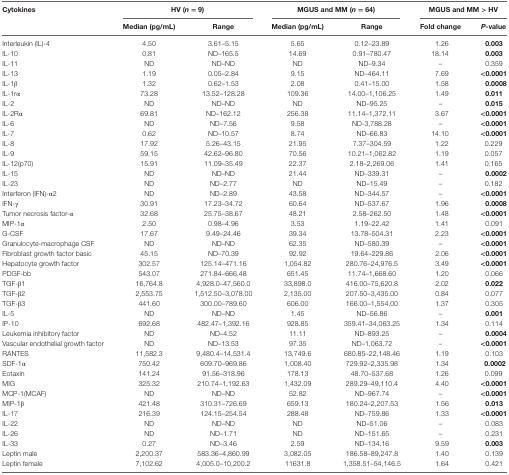
<table><thead><tr><td rowspan="2"><b>Cytokines</b></td><td colspan="2"><b>HV (<i>n</i> = 9)</b></td><td colspan="2"><b>MGUS and MM (<i>n</i> = 64)</b></td><td colspan="2"><b>MGUS and MM &gt; HV</b></td></tr><tr><td><b>Median (pg/mL)</b></td><td><b>Range</b></td><td><b>Median (pg/mL)</b></td><td><b>Range</b></td><td><b>Fold change</b></td><td><b><i>P</i>-value</b></td></tr></thead><tbody><tr><td>Interleukin (IL)-4</td><td>4.50</td><td>3.61–5.15</td><td>5.65</td><td>0.12–23.89</td><td>1.26</td><td><b>0.003</b></td></tr><tr><td>IL-10</td><td>0.81</td><td>ND–165.5</td><td>14.69</td><td>0.91–780.47</td><td>18.14</td><td><b>0.003</b></td></tr><tr><td>IL-11</td><td>ND</td><td>ND–ND</td><td>ND</td><td>ND–9.34</td><td>–</td><td>0.359</td></tr><tr><td>IL-13</td><td>1.19</td><td>0.05–2.84</td><td>9.15</td><td>ND–464.11</td><td>7.69</td><td><b>&lt;0.0001</b></td></tr><tr><td>IL-1β</td><td>1.32</td><td>0.62–1.53</td><td>2.08</td><td>0.41–15.00</td><td>1.58</td><td><b>0.0008</b></td></tr><tr><td>IL-1rα</td><td>73.28</td><td>13.52–128.28</td><td>109.36</td><td>14.00–1,106.25</td><td>1.49</td><td><b>0.011</b></td></tr><tr><td>IL-2</td><td>ND</td><td>ND–ND</td><td>ND</td><td>ND–95.25</td><td>–</td><td><b>0.015</b></td></tr><tr><td>IL-2Rα</td><td>69.81</td><td>ND–162.12</td><td>256.38</td><td>11.14–1,372.11</td><td>3.67</td><td><b>&lt;0.0001</b></td></tr><tr><td>IL-6</td><td>ND</td><td>ND–7.56</td><td>9.58</td><td>ND-3,788.28</td><td>–</td><td><b>&lt;0.0001</b></td></tr><tr><td>IL-7</td><td>0.62</td><td>ND–10.57</td><td>8.74</td><td>ND–66.83</td><td>14.10</td><td><b>&lt;0.0001</b></td></tr><tr><td>IL-8</td><td>17.92</td><td>5.26–43.15</td><td>21.95</td><td>7.37–304.59</td><td>1.22</td><td>0.229</td></tr><tr><td>IL-9</td><td>59.15</td><td>42.62–96.80</td><td>70.56</td><td>10.21–1,062.82</td><td>1.19</td><td>0.057</td></tr><tr><td>IL-12(p70)</td><td>15.91</td><td>11.09–35.49</td><td>22.37</td><td>2.18–2,269.06</td><td>1.41</td><td>0.165</td></tr><tr><td>IL-15</td><td>ND</td><td>ND–ND</td><td>21.44</td><td>ND–339.31</td><td>–</td><td><b>0.0002</b></td></tr><tr><td>IL-23</td><td>ND</td><td>ND–2.77</td><td>ND</td><td>ND–15.49</td><td>–</td><td>0.182</td></tr><tr><td>Interferon (IFN)-α2</td><td>ND</td><td>ND–2.89</td><td>43.58</td><td>ND–344.57</td><td>–</td><td><b>&lt;0.0001</b></td></tr><tr><td>IFN-γ</td><td>30.91</td><td>17.23–34.72</td><td>60.64</td><td>ND–537.67</td><td>1.96</td><td><b>0.0008</b></td></tr><tr><td>Tumor necrosis factor-α</td><td>32.68</td><td>25.75–38.67</td><td>48.21</td><td>2.58–262.50</td><td>1.48</td><td><b>&lt;0.0001</b></td></tr><tr><td>MIP-1α</td><td>2.50</td><td>0.98–4.96</td><td>3.53</td><td>1.19–22.42</td><td>1.41</td><td>0.091</td></tr><tr><td>G-CSF</td><td>17.67</td><td>9.49–24.46</td><td>39.34</td><td>13.78–504.31</td><td>2.23</td><td><b>&lt;0.0001</b></td></tr><tr><td>Granulocyte-macrophage CSF</td><td>ND</td><td>ND–ND</td><td>62.35</td><td>ND–580.39</td><td>–</td><td><b>&lt;0.0001</b></td></tr><tr><td>Fibroblast growth factor basic</td><td>45.15</td><td>ND–70.39</td><td>92.92</td><td>19.64–229.86</td><td>2.06</td><td><b>&lt;0.0001</b></td></tr><tr><td>Hepatocyte growth factor</td><td>302.57</td><td>125.14–471.16</td><td>1,054.82</td><td>280.76–24,976.5</td><td>3.49</td><td><b>&lt;0.0001</b></td></tr><tr><td>PDGF-bb</td><td>543.07</td><td>271.84–666.48</td><td>651.45</td><td>11.74–1,668.60</td><td>1.20</td><td>0.066</td></tr><tr><td>TGF-β1</td><td>16,764.8</td><td>4,928.0–47,560.0</td><td>33,898.0</td><td>416.00–75,620.8</td><td>2.02</td><td><b>0.022</b></td></tr><tr><td>TGF-β2</td><td>2,553.75</td><td>1,512.50–3,078.00</td><td>2,135.00</td><td>207.50–3,435.00</td><td>0.84</td><td>0.077</td></tr><tr><td>TGF-β3</td><td>441.60</td><td>300.00–789.60</td><td>606.00</td><td>166.00–1,554.00</td><td>1.37</td><td>0.305</td></tr><tr><td>IL-5</td><td>ND</td><td>ND–ND</td><td>1.45</td><td>ND–56.86</td><td>–</td><td><b>0.001</b></td></tr><tr><td>IP-10</td><td>692.68</td><td>482.47–1,392.16</td><td>928.85</td><td>359.41–34,063.25</td><td>1.34</td><td>0.114</td></tr><tr><td>Leukemia inhibitory factor</td><td>ND</td><td>ND–4.52</td><td>11.11</td><td>ND–893.25</td><td>–</td><td><b>0.0004</b></td></tr><tr><td>Vascular endothelial growth factor</td><td>ND</td><td>ND–13.53</td><td>97.35</td><td>ND–1,063.72</td><td>–</td><td><b>&lt;0.0001</b></td></tr><tr><td>RANTES</td><td>11,582.3</td><td>9,480.4–14,531.4</td><td>13,749.6</td><td>680.85–22,148.46</td><td>1.19</td><td>0.103</td></tr><tr><td>SDF-1α</td><td>750.42</td><td>609.70–969.86</td><td>1,008.40</td><td>729.92–2,335.98</td><td>1.34</td><td><b>0.0002</b></td></tr><tr><td>Eotaxin</td><td>141.24</td><td>91.56–318.96</td><td>178.13</td><td>48.70–537.68</td><td>1.26</td><td>0.099</td></tr><tr><td>MIG</td><td>325.32</td><td>210.74–1,192.63</td><td>1,432.09</td><td>289.29–49,110.4</td><td>4.40</td><td><b>&lt;0.0001</b></td></tr><tr><td>MCP-1(MCAF)</td><td>ND</td><td>ND–ND</td><td>52.82</td><td>ND–967.74</td><td>–</td><td><b>&lt;0.0001</b></td></tr><tr><td>MIP-1β</td><td>421.48</td><td>310.31–726.69</td><td>659.13</td><td>180.24–2,207.53</td><td>1.56</td><td><b>0.013</b></td></tr><tr><td>IL-17</td><td>216.39</td><td>124.15–254.54</td><td>288.48</td><td>ND–759.86</td><td>1.33</td><td><b>&lt;0.0001</b></td></tr><tr><td>IL-22</td><td>ND</td><td>ND–ND</td><td>ND</td><td>ND–51.06</td><td>–</td><td>0.083</td></tr><tr><td>IL-26</td><td>ND</td><td>ND–1.71</td><td>ND</td><td>ND–151.65</td><td>–</td><td>0.231</td></tr><tr><td>IL-33</td><td>0.27</td><td>ND–3.46</td><td>2.59</td><td>ND–134.16</td><td>9.59</td><td><b>0.003</b></td></tr><tr><td>Leptin male</td><td>2,200.37</td><td>583.36–4,860.99</td><td>3,082.05</td><td>186.58–89,247.8</td><td>1.40</td><td>0.139</td></tr><tr><td>Leptin female</td><td>7,102.62</td><td>4,005.0–10,200.2</td><td>11631.8</td><td>1,358.51–54,146.5</td><td>1.64</td><td>0.421</td></tr></tbody></table>